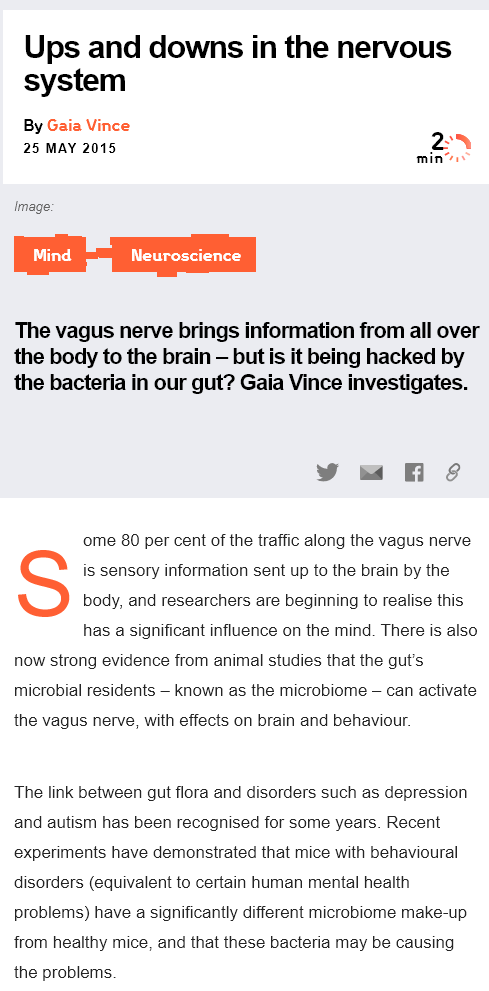
Ups    and   downs    in    the   nervous
   system
  The  vagus nerve brings   information from   all over
  the body  to the brain
     —
     but is it being hacked  by
  the bacteria in our gut?  Gaia Vince investigates.
     ome 80 per cent of the traffic along the vagus nerve
     is sensory information sent up to the brain by the
     body, and researchers are beginning to realise this
     has a significant influence on the mind. There is also
  now strong evidence from animal studies that the gut's
  microbial residents
     —
     known as the microbiome
     — can activate
  the vagus nerve, with effects on brain and behaviour.
  The link between gut flora and disorders such as depression
  and autism has been recognised for some years. Recent
  experiments have demonstrated that mice with behavioural
  disorders (equivalent to certain human mental health
  problems) have
  a
     significantly different microbiome make-up
  from healthy mice, and that these bacteria may be causing
  the problems
    Mind    Lather  rtd
  Image:
   By Gaia Vince
   25 MAY 2015